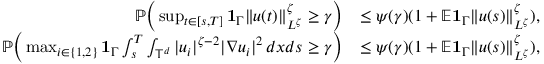
\begin{array} { r l } { { \mathbb P } \Big ( \operatorname* { s u p } _ { t \in [ s , T ] } { { \bf 1 } } _ { \Gamma } \| u ( t ) \| _ { L ^ { \zeta } } ^ { \zeta } \geq \gamma \Big ) } & { \leq \psi ( \gamma ) ( 1 + { \mathbb E } { { \bf 1 } } _ { \Gamma } \| u ( s ) \| _ { L ^ { \zeta } } ^ { \zeta } ) , } \\ { { \mathbb P } \Big ( \operatorname* { m a x } _ { i \in \{ 1 , 2 \} } { { \bf 1 } } _ { \Gamma } \int _ { s } ^ { T } \int _ { \mathbb { T } ^ { d } } | u _ { i } | ^ { \zeta - 2 } | \nabla u _ { i } | ^ { 2 } \, d x d s \geq \gamma \Big ) } & { \leq \psi ( \gamma ) ( 1 + { \mathbb E } { { \bf 1 } } _ { \Gamma } \| u ( s ) \| _ { L ^ { \zeta } } ^ { \zeta } ) , } \end{array}